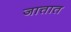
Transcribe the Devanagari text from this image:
जात्तात